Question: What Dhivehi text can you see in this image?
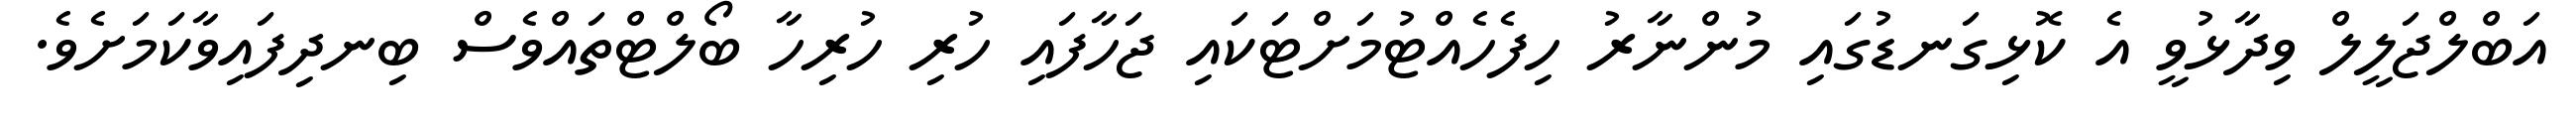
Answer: އަބްލްޖަލީލް ވިދާޅުވީ އެ ކޮޅިގަނޑުގައި މުންނާރު ހިފެހެއްޓުމަށްޓަކައި ޖަހާފައި ހުރި ހުރިހާ ބޯލްޓްތައްވެސް ބިނދިފައިވާކަމަށެވެ.